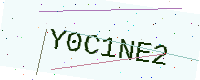
Text: Y0C1NE2